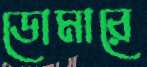
ডোমারে